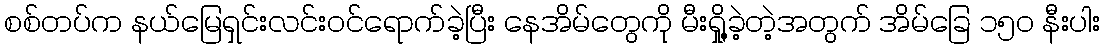
စစ်တပ်က နယ်မြေရှင်းလင်းဝင်ရောက်ခဲ့ပြီး နေအိမ်တွေကို မီးရှို့ခဲ့တဲ့အတွက် အိမ်ခြေ ၁၅၀ နီးပါး